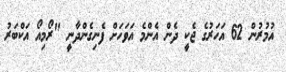
އުމުރުން 62 އަހަރުގެ ޖެކީ ދެން އެންމެ އަވަހަށް ފެނިގެންދާނީ "ރޯމިއޯ އަކްބަރު